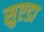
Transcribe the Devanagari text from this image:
सुएडा